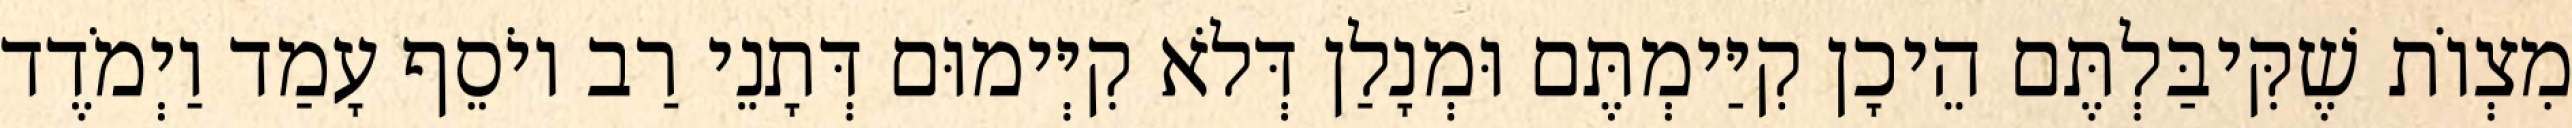
מִצְוֹת שֶׁקִּיבַּלְתֶּם הֵיכָן קִיַּימְתֶּם וּמְנָלַן דְּלֹא קִיְּימוּם דְּתָנֵי רַב יוֹסֵף עָמַד וַיְמֹדֶד